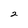
Character: 2